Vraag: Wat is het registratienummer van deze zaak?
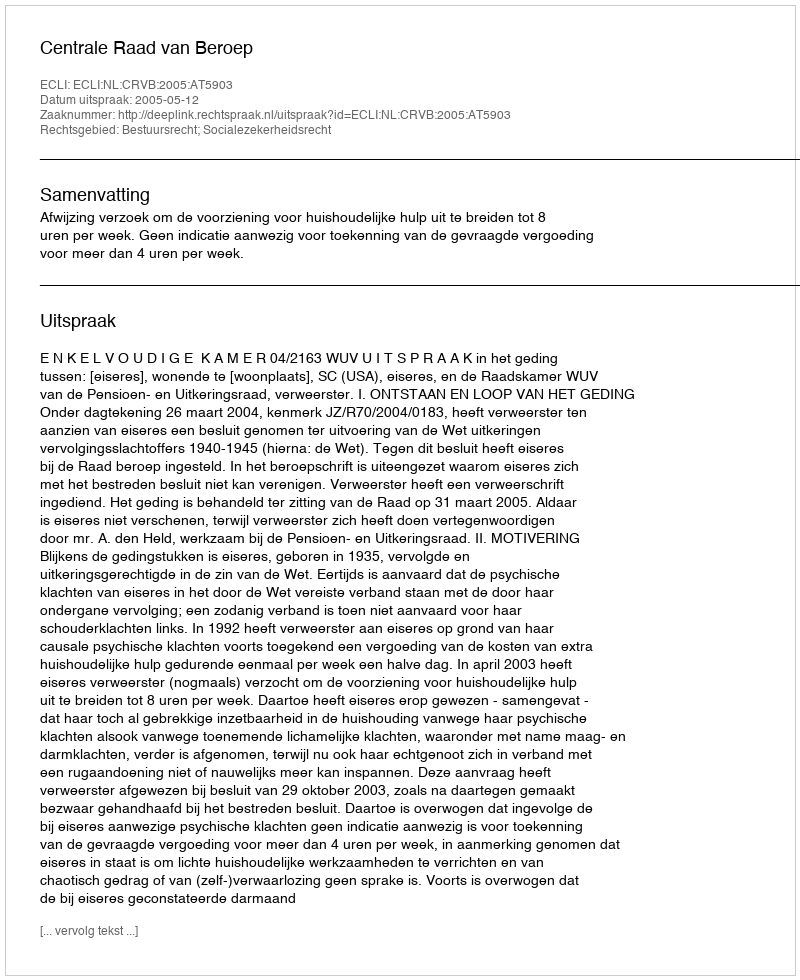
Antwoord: http://deeplink.rechtspraak.nl/uitspraak?id=ECLI:NL:CRVB:2005:AT5903